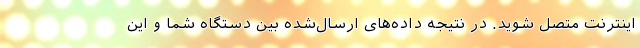
اینترنت متصل شوید. در نتیجه داده‌های ارسال‌شده بین دستگاه شما و این